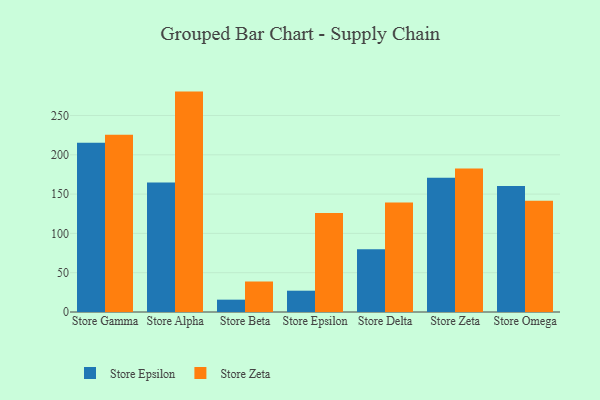
{"axis": {"x": "Store", "y": "Gross Profit (USD K)"}, "legend": ["Store Epsilon", "Store Zeta"], "data": [{"x": "Store Gamma", "y": 215.4, "type": "Store Epsilon"}, {"x": "Store Gamma", "y": 225.6, "type": "Store Zeta"}, {"x": "Store Alpha", "y": 164.6, "type": "Store Epsilon"}, {"x": "Store Alpha", "y": 280.4, "type": "Store Zeta"}, {"x": "Store Beta", "y": 15.7, "type": "Store Epsilon"}, {"x": "Store Beta", "y": 38.8, "type": "Store Zeta"}, {"x": "Store Epsilon", "y": 27.1, "type": "Store Epsilon"}, {"x": "Store Epsilon", "y": 126.0, "type": "Store Zeta"}, {"x": "Store Delta", "y": 79.8, "type": "Store Epsilon"}, {"x": "Store Delta", "y": 139.4, "type": "Store Zeta"}, {"x": "Store Zeta", "y": 170.9, "type": "Store Epsilon"}, {"x": "Store Zeta", "y": 182.5, "type": "Store Zeta"}, {"x": "Store Omega", "y": 160.4, "type": "Store Epsilon"}, {"x": "Store Omega", "y": 141.5, "type": "Store Zeta"}]}